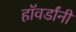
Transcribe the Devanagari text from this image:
हॉवर्डांनी